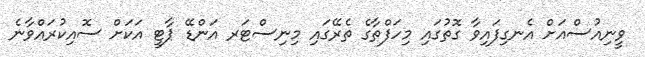
ވީނިއުސްއަށް އެނގިފައިވާ ގޮތުގައި މިހަފްތާގެ ތެރޭގައި މިނިސްޓަރ އަންޑޭ ޕާޓީ އަކަށް ސޮއިކުރައްވާނެ